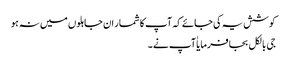
کوشش یہ کی جائے کہ آپ کا شمار ان جاہلوں میں نہ ہو
جی بالکل بجا فرمایا ٰآپ نے ۔